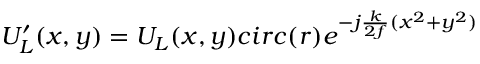
U _ { L } ^ { \prime } ( x , y ) = U _ { L } ( x , y ) c i r c ( r ) e ^ { - j \frac { k } { 2 f } ( x ^ { 2 } + y ^ { 2 } ) }